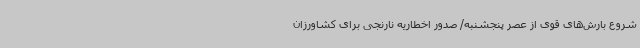
شروع بارش‌های قوی از عصر پنجشنبه/ صدور اخطاریه نارنجی برای کشاورزان